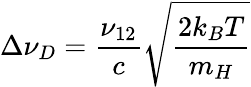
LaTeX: \Delta\nu_{D}=\frac{\nu_{12}}{c}\sqrt{\frac{2k_{B}T}{m_{H}}}